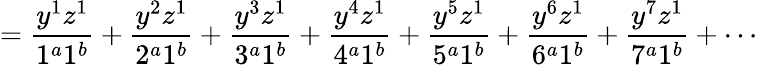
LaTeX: =\frac{y^{1}z^{1}}{1^{a}1^{b}}+\frac{y^{2}z^{1}}{2^{a}1^{b}}+\frac{y^{3}z^{1}}{3^{a}1^{b}}+\frac{y^{4}z^{1}}{4^{a}1^{b}}+\frac{y^{5}z^{1}}{5^{a}1^{b}}+\frac{y^{6}z^{1}}{6^{a}1^{b}}+\frac{y^{7}z^{1}}{7^{a}1^{b}}+\cdots